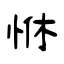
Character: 恘